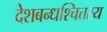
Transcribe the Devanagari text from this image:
देशबन्धश्चित्तस्य